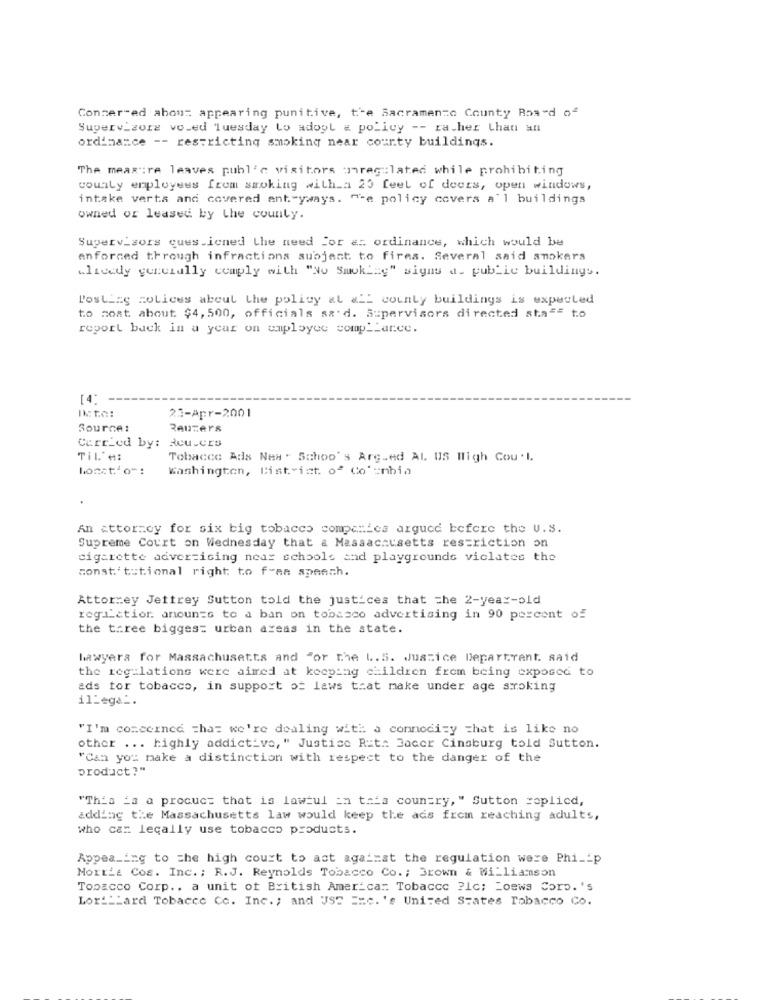
Conser-ed abon: appearing punitive, t'e Sacramento County Road of
Superv_zorg vo.ed Tuesday Lo adogl & policy -- rather than an
ordinance -- restricting smoking near county buildings.
The meas :re leaves publ'e visitors unregulated while prohibiting
county employees from smoking with_a 25 feel of doors, open windows,
intake verts and covered antryways. "-e policy covers a'l buildings
owned or leased by the county.
Supervisors ques.icned the need for a: ordinance, which would be
enforced through infractions subject to fires. Several said smokers
wlively generally comply with "No Smoking" signs a. public buildings.
Posting molices about the policy al &LL county buildings is expected
to most about $4, 500, officials sa'd. Supervisors directed staFE to
report back in a year on employee comp _ance.
[4:
Ito:
23-Apr-2001
Source:
Reuters
Curried by: deu.crs
TIL'#:
Tobacco Ads New . Schoo's Arg.ed Al US High Cou. L.
bosst' o":
Washington, District of Co' =nbin
An attorney for six big tobacco companies argued before the U.S.
Supreme Court on Wednesday that a Massachusetts restriction on
cigarette advertising near schools and playgrounds viclates the
constitutional right to f-AR speech.
Attorney Jettrey Sutton told the justices that che 2-year-old
reg _ation: anoun=s to a ban on tobasco advertising in 90 percent of
the three biggest urban areas in the state.
lawyers for Massachusetts and "or the L.S. Justice Department. said
the regulations were aimed at keeping children from being exposed to
ads for tobacco, in support of laws that make under age smoking
ilLega _.
"I'm concerned that we're dealing with a connodizy =hat is like no
other ... highly addictive, " Justice Ruth Jacer Cinsburg told Sutton.
"Can you make a distinction with respect to the danger of the
product?"
"This is a product that is lawtul in this country, " Sutton replicd,
adding the Massachusetts law would keep the ads from reaching adults,
who car lecally use tobacco products.
Appealing to The high court to act against the regulation were Phi __ p
MOIEL& COE. Inc. ; R.J. Reynolds Tobacco Co .; Brown & Williamson
Tobacco Corp .. a unit of British American Tobacco ?1c; Loews Corp. 's
Lor'"Lard Tobacco Co. Inc .; and USS == c. 's United States Tobacco Co.